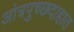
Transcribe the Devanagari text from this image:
आंत्रपुच्छदाहात